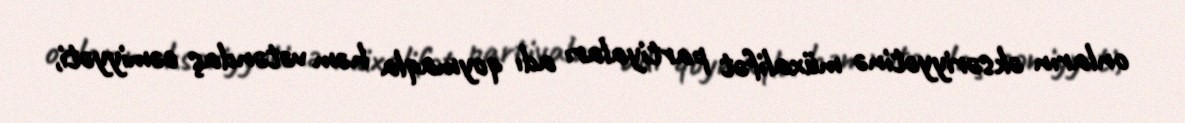
onların əksəriyyətinə müxalifət partiyaları adı qoymaqla həm vətəndaş cəmiyyəti,